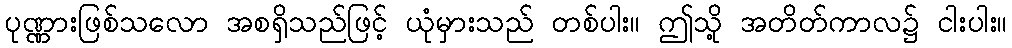
ပုဏ္ဏားဖြစ်သလော အစရှိသည်ဖြင့် ယုံမှားသည် တစ်ပါး။ ဤသို့ အတိတ်ကာလ၌ ငါးပါး။